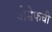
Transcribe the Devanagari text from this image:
योसेफची